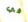
في